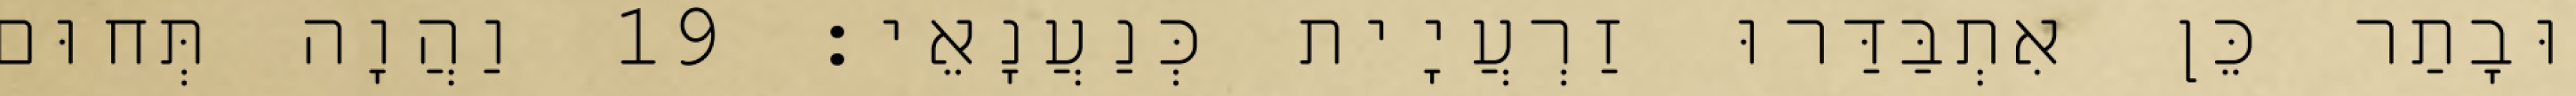
וּבָתַר כֵּן אִתְבַּדַּרוּ זַרְעֲיָית כְּנַעֲנָאֵי׃ 19 וַהֲוָה תְּחוּם